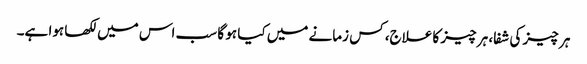
ہر چیز کی شفا، ہر چیز کا علاج، کس زمانے میں کیا ہو گا سب اس میں لکھا ہوا ہے۔